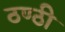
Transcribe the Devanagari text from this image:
ठण्ठी